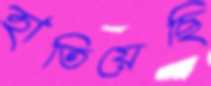
হাতিয়েছি